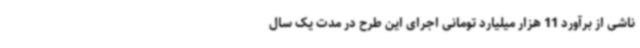
ناشی از برآورد 11 هزار میلیارد تومانی اجرای این طرح در مدت یک سال